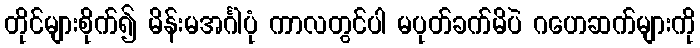
တိုင်များစိုက်၍ မိန်းမအင်္ဂါပုံ ကာလတွင်ပါ မပုတ်ခက်မိပဲ ဂဟေဆက်များကို